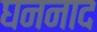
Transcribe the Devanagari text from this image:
घननाद